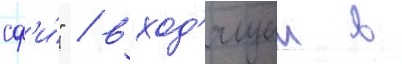
сф'и́" / вход'ящии в